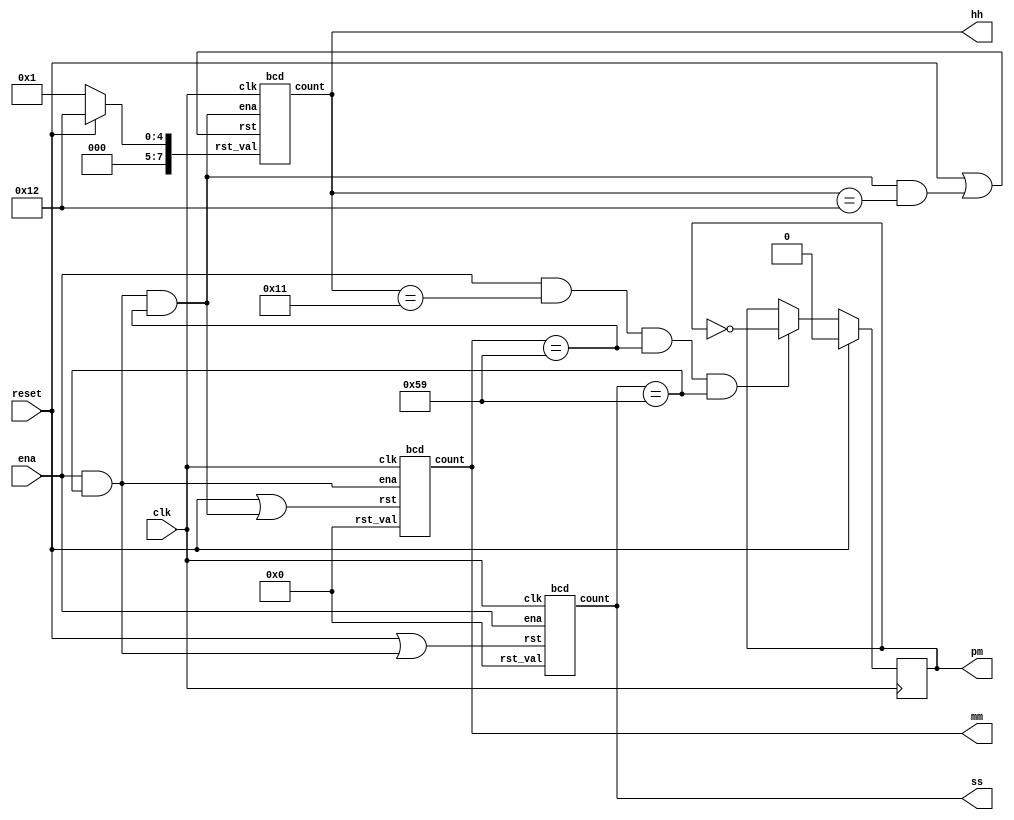
module clock(
    input clk,
    input reset,
    input ena,
    output pm,
    output [7:0] hh,
    output [7:0] mm,
    output [7:0] ss
);


    reg pm_r;
    assign pm = pm_r;
    
    always @(posedge clk) begin
        if(reset) begin
            pm_r <= 1'b0;
        end else if(ena & hh == 8'h11 & mm == 8'h59 & ss == 8'h59) begin
            pm_r <= ~pm_r;
        end
    end

    assign pm = pm_r;

    wire s_ena, m_ena, h_ena;
    wire s_rst, m_rst, h_rst;

    assign s_ena = ena;
    assign m_ena = ena & (ss == 8'h59);
    assign h_ena = ena & (ss == 8'h59) & (mm == 8'h59);
    
    assign s_rst = reset | (s_ena & ss == 8'h59);
    assign m_rst = reset | (m_ena & mm == 8'h59);
    assign h_rst = reset | (h_ena & hh == 8'h12);

    wire [7:0] h_rst_val;
    assign h_rst_val = reset ? 8'h12 : 8'h01;

    bcd bcd_s(clk, s_ena, s_rst, 8'h0,      ss);
    bcd bcd_m(clk, m_ena, m_rst, 8'h0,      mm);
    bcd bcd_h(clk, h_ena, h_rst, h_rst_val, hh);

endmodule


// 0 ~ 99
module bcd(
    input clk,
    input ena,
    input rst,
    input [7:0] rst_val,
    output reg [7:0] count
);

    always @(posedge clk) begin
        if(rst) begin
            count[3:0] <= rst_val[3:0];
        end else begin
            if(ena) begin
                if(count[3:0] == 4'd9) begin
                    count[3:0] <= 4'd0;
                end else begin
                    count[3:0] <= count[3:0] + 1;
                end
            end
        end
    end

    // 
    wire h_ena = ena & (count[3:0] == 4'd9);

    always @(posedge clk) begin
        if(rst) begin
            count[7:4] <= rst_val[7:4];
        end else begin
            if(h_ena) begin
                if(count[7:4] == 4'd9) begin
                    count[7:4] <= 4'd0;
                end else begin
                    count[7:4] <= count[7:4] + 1;
                end
            end
        end
    end

endmodule